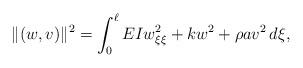
LaTeX: \begin{align*}\| (w,v) \|^2=\int_0^{\ell} EIw_{\xi \xi}^2+kw^2+\rho a v^2 \, d\xi ,\end{align*}